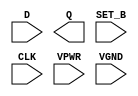
module sky130_fd_sc_hs__dfstp (
    //# {{data|Data Signals}}
    input  D    ,
    output Q    ,

    //# {{control|Control Signals}}
    input  SET_B,

    //# {{clocks|Clocking}}
    input  CLK  ,

    //# {{power|Power}}
    input  VPWR ,
    input  VGND
);
endmodule